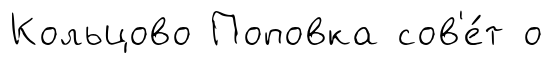
Кольцово Поповка сов'е́т о